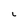
Character: L